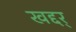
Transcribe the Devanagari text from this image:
खद्दर्